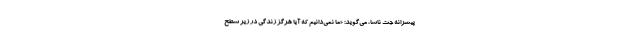
پیشرانه جت ناسا، می‌گوید: «ما نمی‌دانیم که آیا هرگز زندگی در زیر سطح